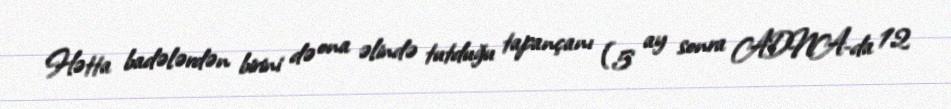
Hətta badələrdən birini də ona əlində tutduğu tapançanı (5 ay sonra ADNA-da 12